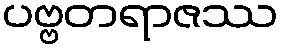
ပဗ္ဗတရာဇဿ